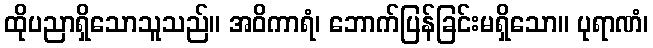
ထိုပညာရှိသောသူသည်။ အဝိကာရံ၊ ဘောက်ပြန်ခြင်းမရှိသော။ ပုရာဏံ၊